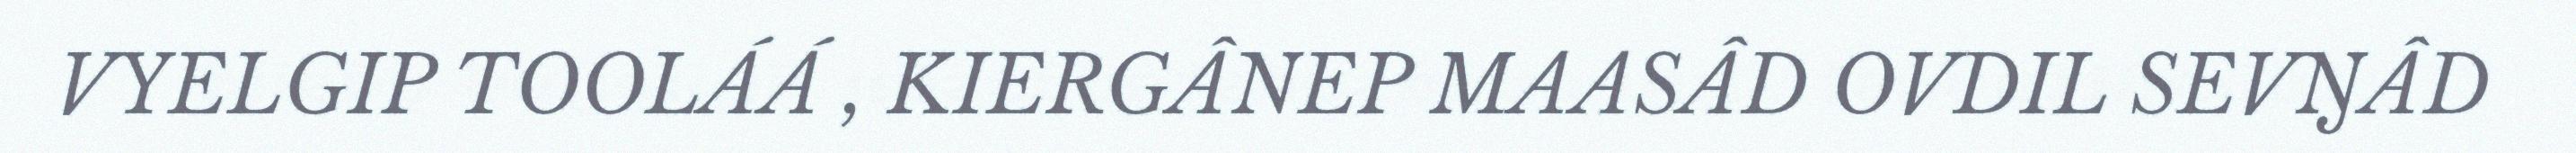
VYELGIP TOOLÁÁ , KIERGÂNEP MAASÂD OVDIL SEVŊÂD